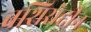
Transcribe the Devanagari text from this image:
बशिरोद्दीन